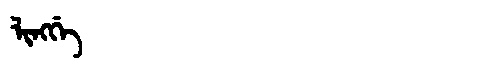
Manchu: ᠯᡳᠩᡤᡝ
Romanization: LINGGE